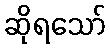
ဆိုရသော်